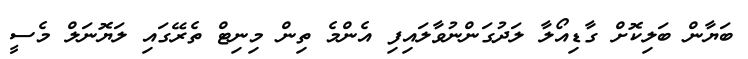
ބަޔާން ބަލިކޮށް ގާޑިއޯލާ ލަދުގަންނުވާލައިފި އެންމެ ތިން މިނިޓް ތެރޭގައި ލަޔޮނަލް މެސީ